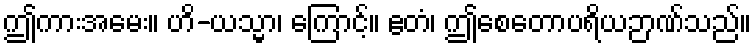
ဤကားအမေး။ ဟိ-ယသ္မာ၊ ကြောင့်။ ဧတံ၊ ဤစေတောပရိယဉာဏ်သည်။